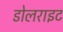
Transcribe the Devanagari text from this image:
डोलराइट